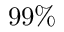
9 9 \%